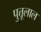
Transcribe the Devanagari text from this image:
पुत्तूलाल